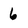
Character: 6